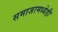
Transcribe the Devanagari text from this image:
समाजामध्येही